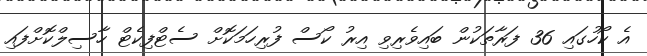
އެ ކޯހުގައި 36 ފަރާތަކުން ބައިވެރިވި އިރު ކޯސް ފުރިހަމަކޮށް ސެޓްފިކެޓް ހާސިލްކޮށްފައި